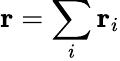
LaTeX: \mathbf{r}=\sum_{i}\mathbf{r}_{i}